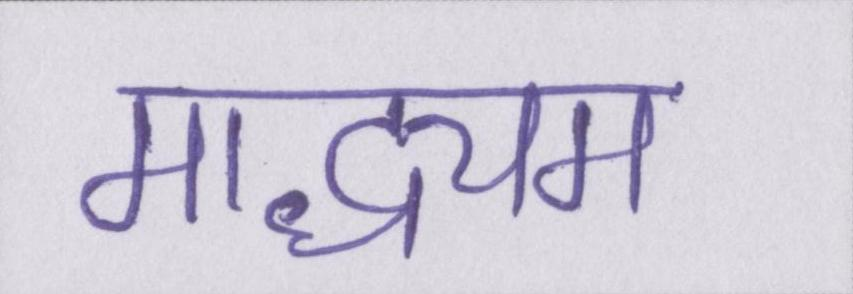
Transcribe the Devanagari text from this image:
माद्ध्यम